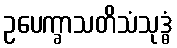
ဥပေက္ခာသတိသံသုဒ္ဓံ